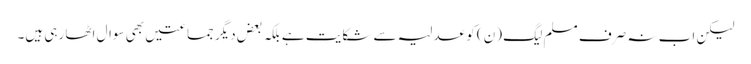
لیکن اب نہ صرف مسلم لیگ (ن) کو عدلیہ سے شکایت ہے بلکہ بعض دیگر جماعتیں بھی سوال اٹھا رہی ہیں۔